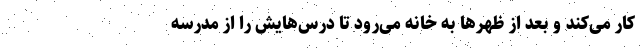
کار می‌کند و بعد از ظهرها به خانه می‌رود تا درس‌هایش را از مدرسه